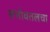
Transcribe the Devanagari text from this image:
सभोवतलचा